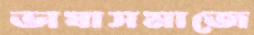
ভাষাসমাজে